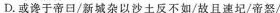
D.或谗于帝日/新城杂以沙土反不如/且速圮/帝怒/